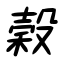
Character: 穀